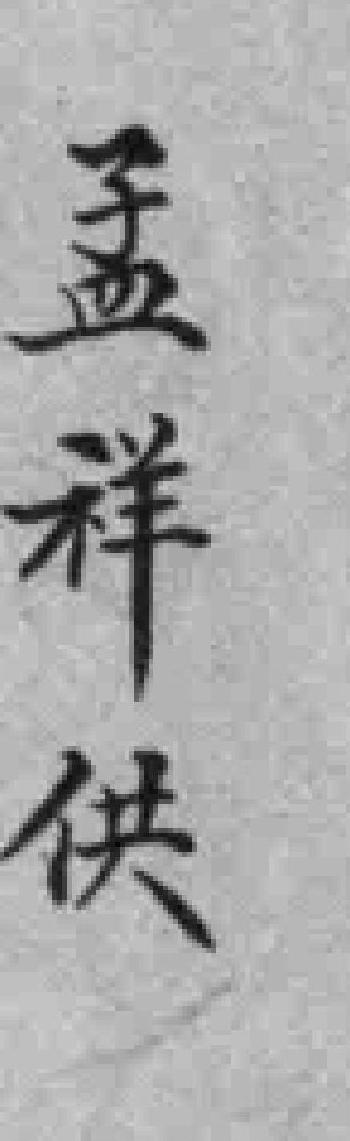
孟祥供